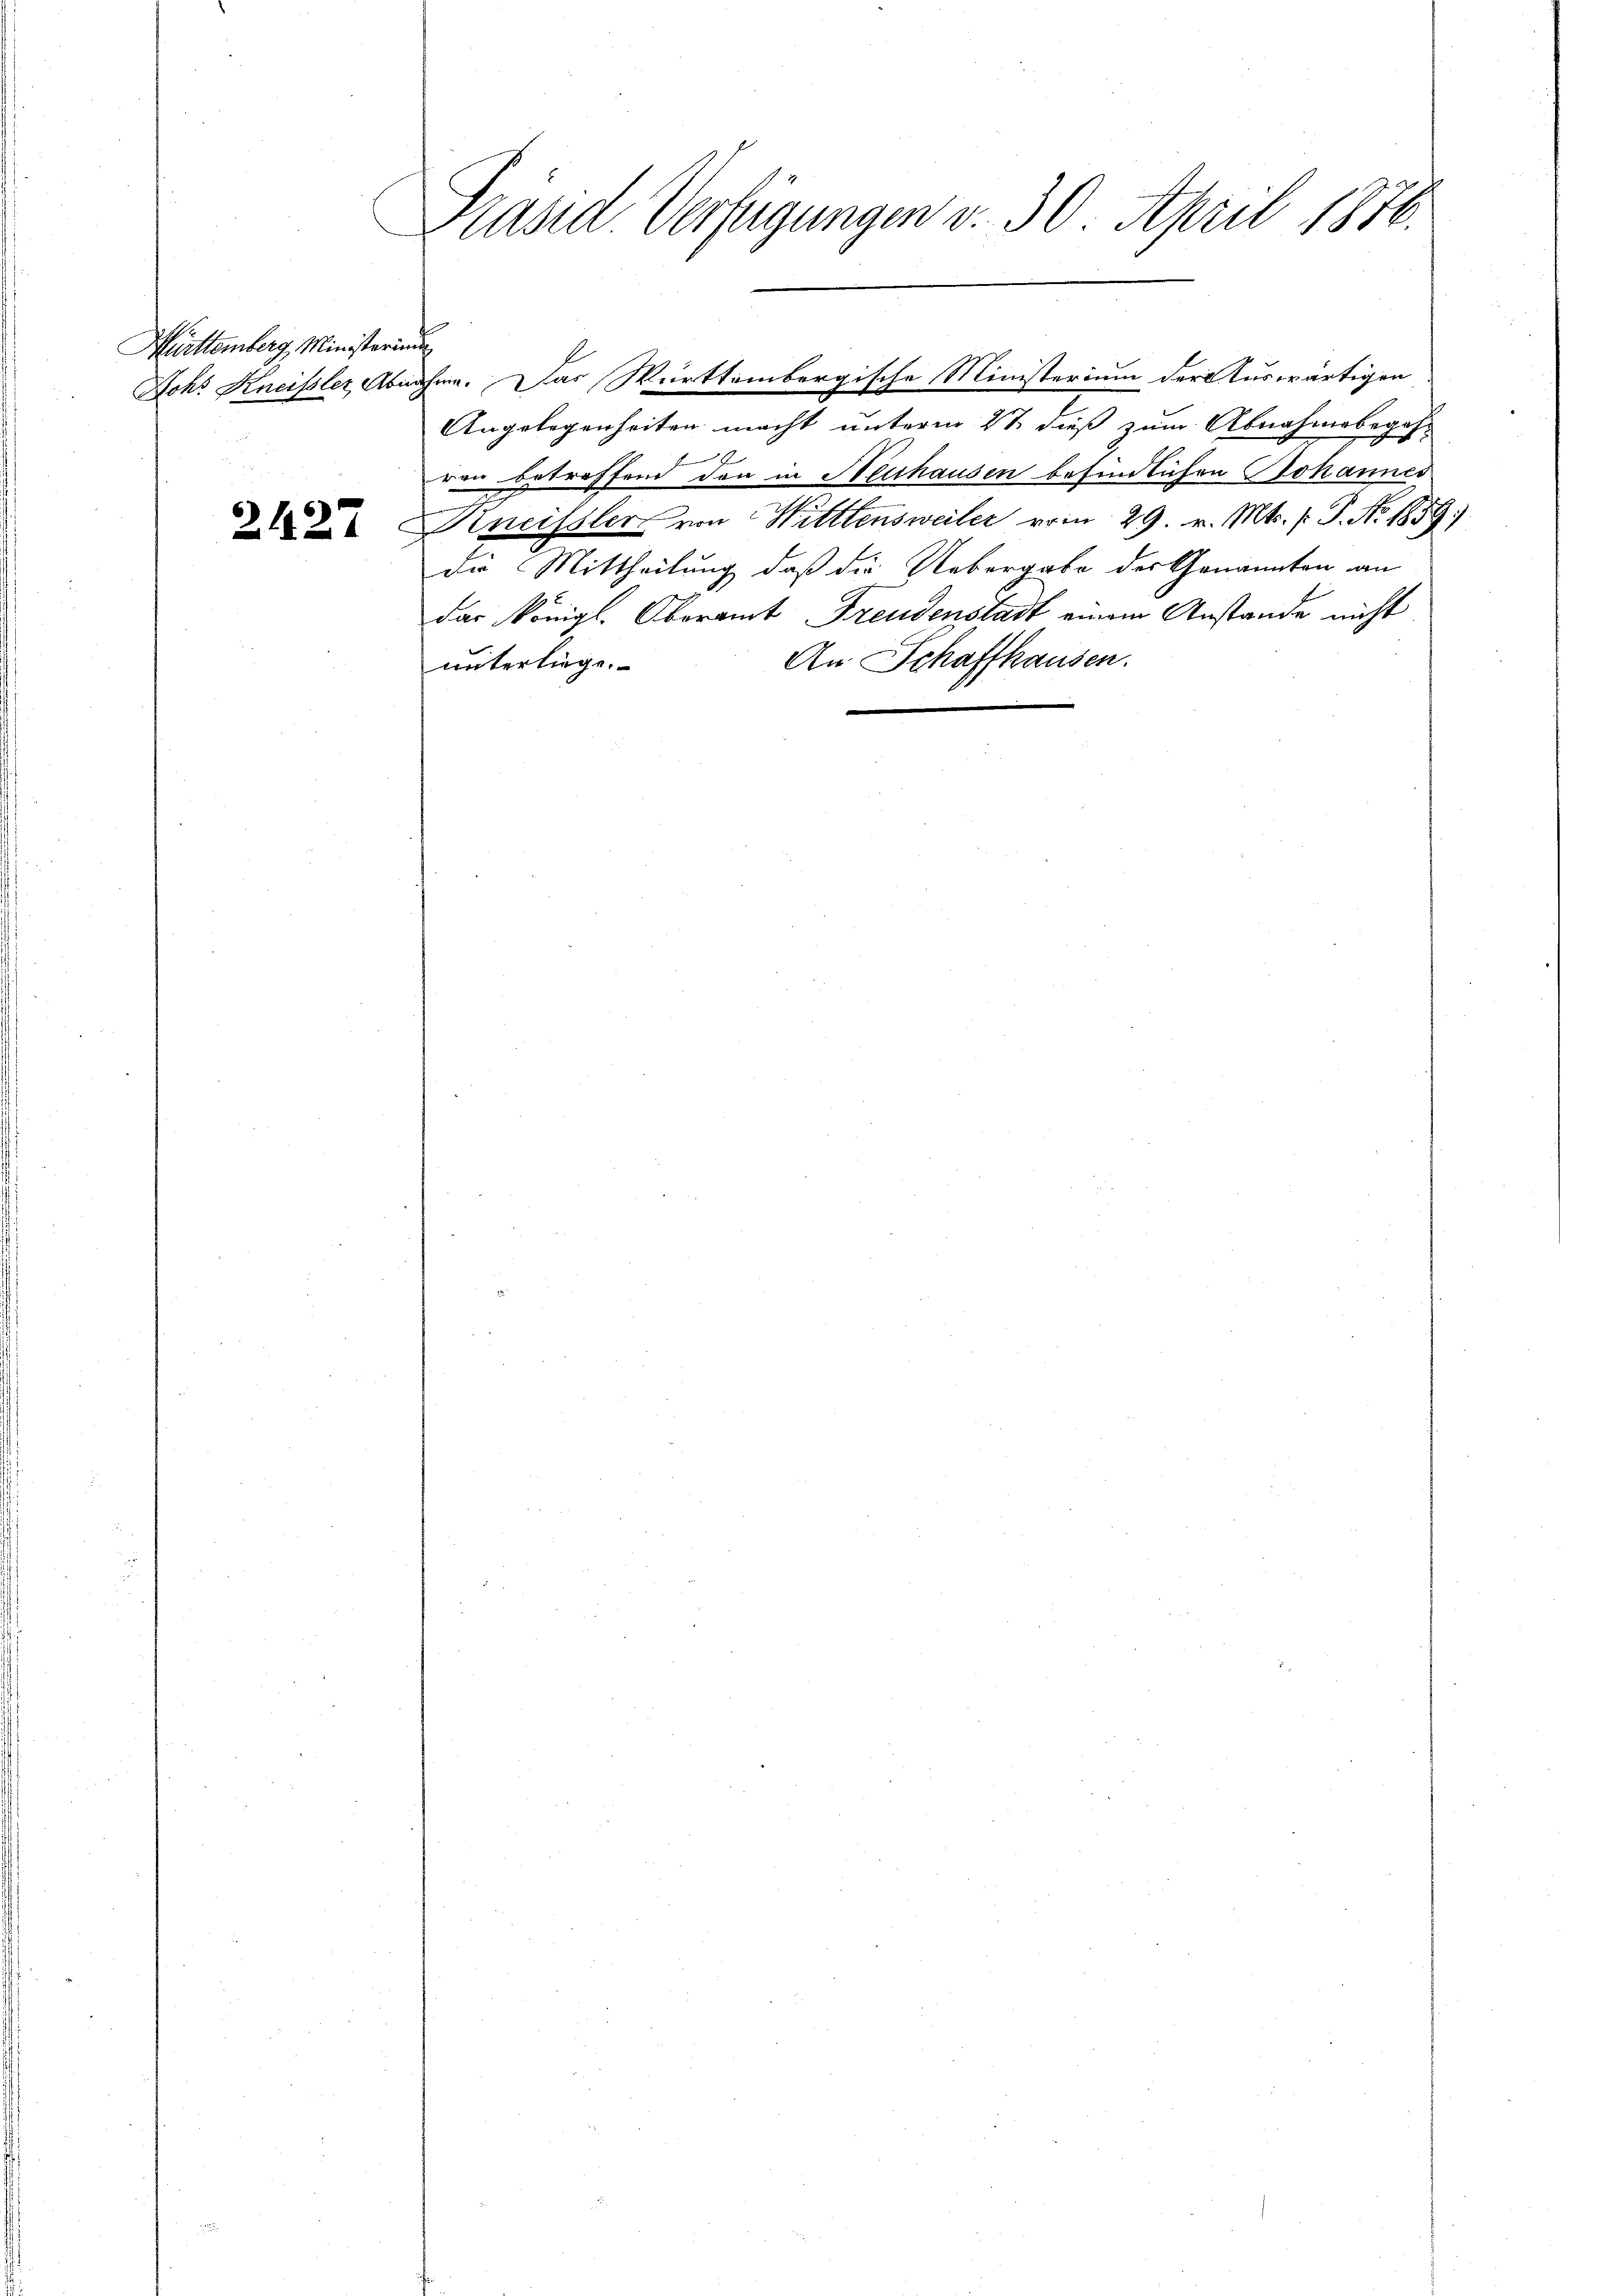
Württemberg, Ministerium

21127

Präsid. Verfügungen v. 30. April 1876.

Angelegenheiten macht unterm 21 dieß zum Abnahmebegehren betreffend den in Neuhausen befindlichen Johannes
Kneisslers von Wittlensweiler vom 29. v. Mts. f. P. No. 1859.)
die Mittheilung, daß die Uebergabe der Genannten an
das Königl. Oberamt Freudenstadt einem Anstande nicht
An Schaffhausen.
unterliege.

Joh. Kneissler, Abnahme. Das Württembergische Ministerium der Auswärtigen